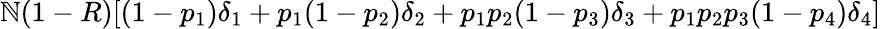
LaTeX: \mathbb{N}(1-R)[(1-p_{1})\delta_{1}+p_{1}(1-p_{2})\delta_{2}+p_{1}p_{2}(1-p_{3})\delta_{3}+p_{1}p_{2}p_{3}(1-p_{4})\delta_{4}]